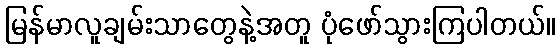
မြန်မာလူချမ်းသာတွေနဲ့အတူ ပုံဖော်သွားကြပါတယ်။